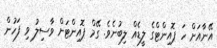
އޭނާއަށް ހަ ޕޮއިންޓްގެ ލީޑެއް ލިބުނެވެ. ގޭމް ޕޮއިންޓަށް ވާސިލު ވި ފަހުން